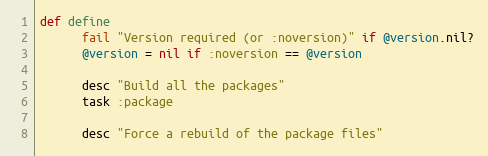
Language: Ruby
def define
      fail "Version required (or :noversion)" if @version.nil?
      @version = nil if :noversion == @version

      desc "Build all the packages"
      task :package

      desc "Force a rebuild of the package files"